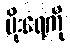
မိုးရေကို